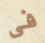
فى